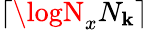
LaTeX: \lceil\logN_{x}N_{\mathbf{k}}\rceil